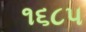
૧૬૮૫